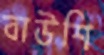
বাউশি